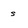
Character: s